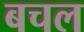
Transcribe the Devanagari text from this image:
बचल